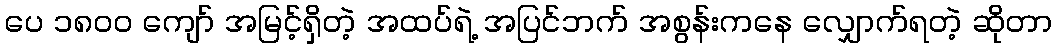
ပေ ၁၈၀၀ ကျော် အမြင့်ရှိတဲ့ အထပ်ရဲ့ အပြင်ဘက် အစွန်းကနေ လျှောက်ရတဲ့ ဆိုတာ